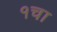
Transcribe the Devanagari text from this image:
१चा